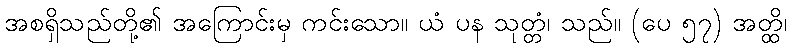
အစရှိသည်တို့၏ အကြောင်းမှ ကင်းသော။ ယံ ပန သုတ္တံ၊ သည်။ (ပေ ၅၇) အတ္ထိ၊